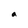
Character: a